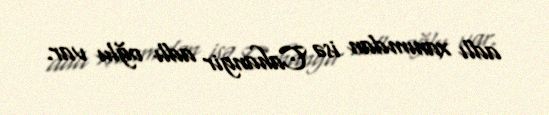
adlı xanımdan isə Cahangir adlı oğlu var.